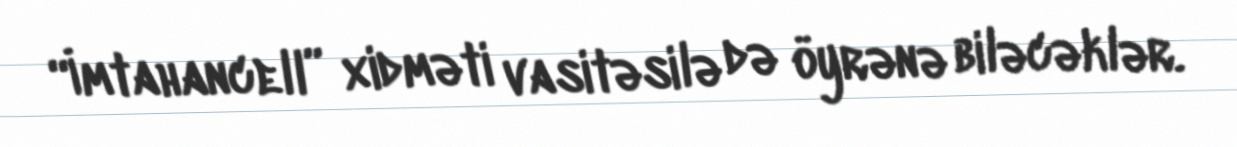
“İmtahancell” xidməti vasitəsilə də öyrənə biləcəklər.